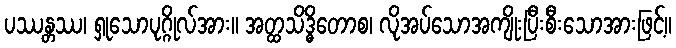
ပဿန္တဿ၊ ရှုသောပုဂ္ဂိုလ်အား။ အတ္ထသိဒ္ဓိတောစ၊ လိုအပ်သောအကျိုးပြီးစီးသောအားဖြင့်။